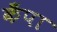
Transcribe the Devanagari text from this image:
कँपा